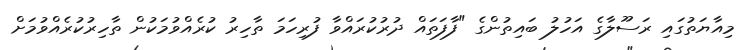
މިއާޔަތުގައި ރަސޫލާގެ އަހުލު ބައިތުންގެ "ފާފަތައް ދުރުކުރައްވާ ފުރިހަމަ ތާހިރު ކުރެއްވުމަކުން ތާހިރުކުރެއްވުމަށް